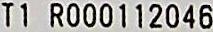
T1 R000112046